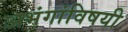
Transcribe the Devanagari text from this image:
अभंगांविषयी